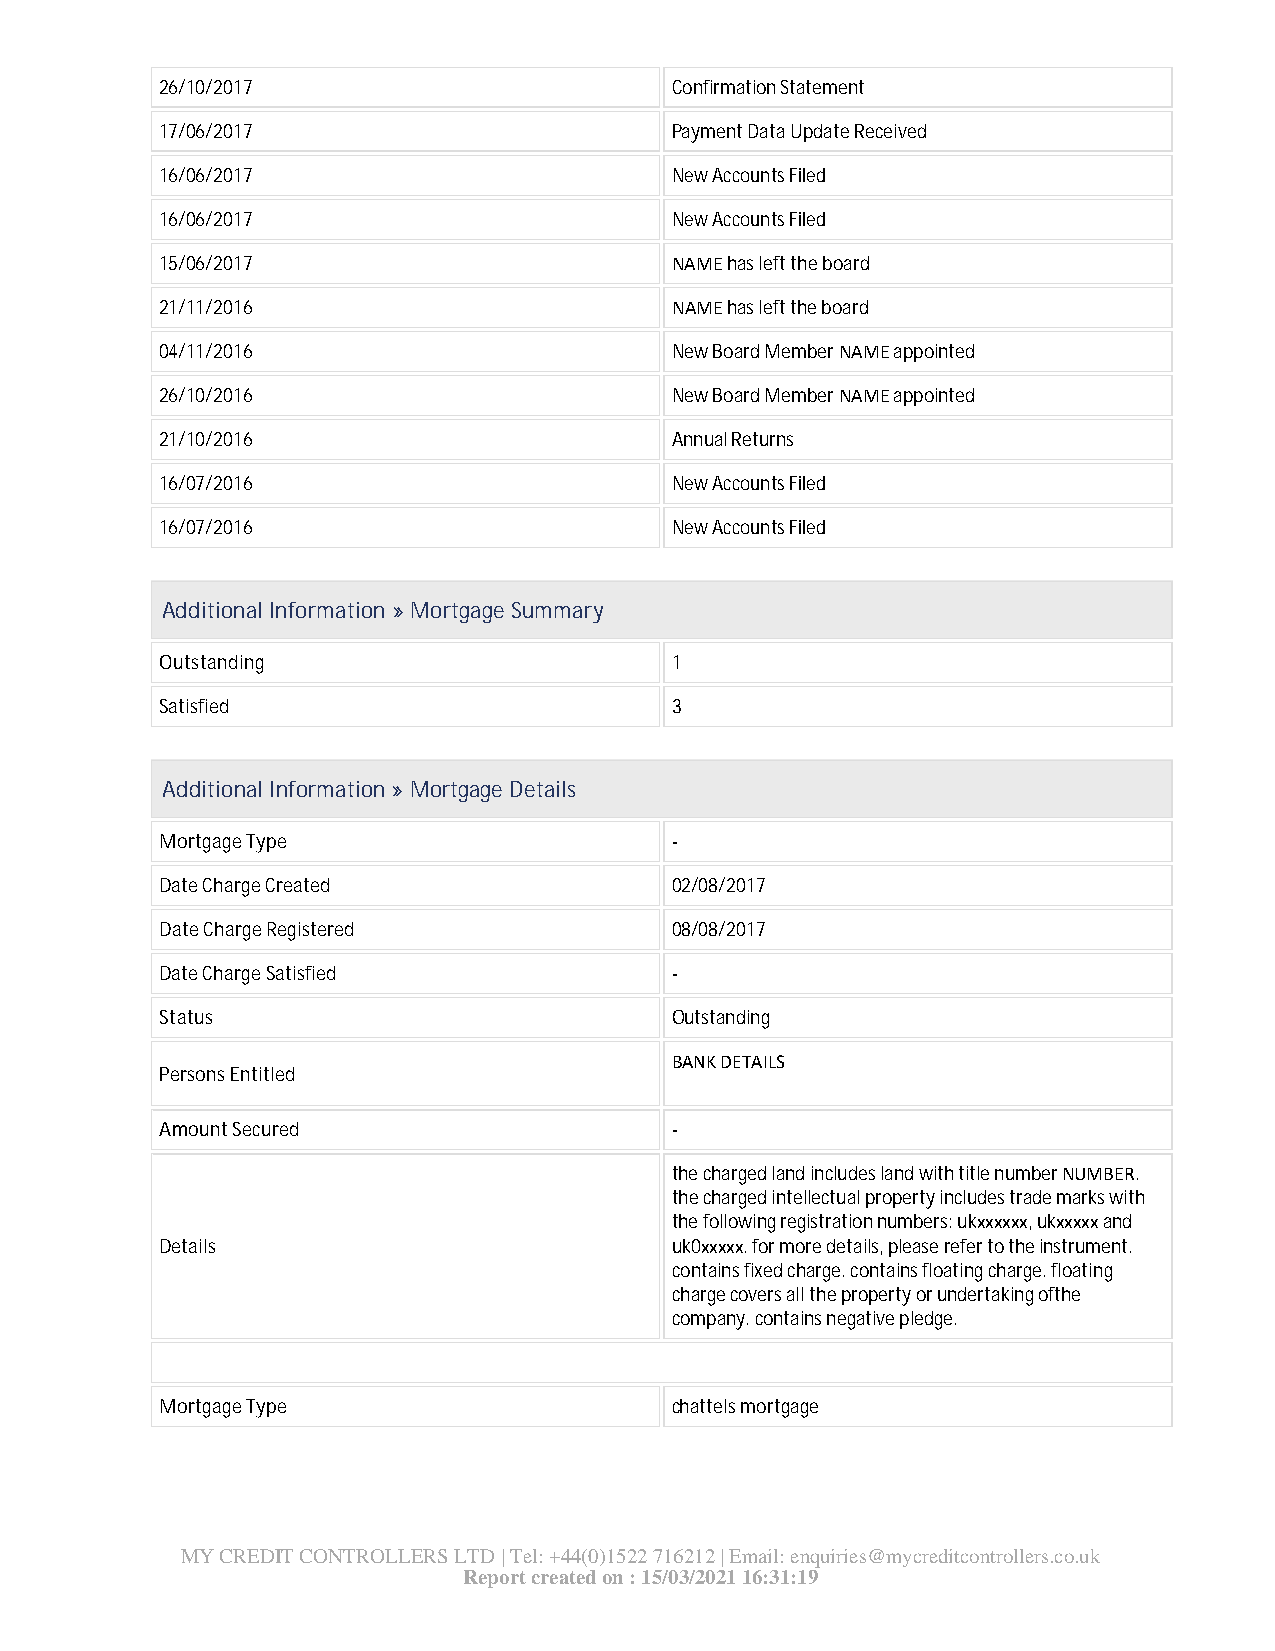
26/10/2017                       Confirmation Statement
 17/06/2017                       Payment Data Update Received
 16/06/2017                       New Accounts Filed
 16/06/2017                       New Accounts Filed
 15/06/2017                       NAME has left the board
 21/11/2016                       NAME has left the board
 04/11/2016                       New Board Member NAME appointed
 26/10/2016                       New Board Member NAME appointed
 21/10/2016                       Annual Returns
 16/07/2016                       New Accounts Filed
 16/07/2016                       New Accounts Filed
 Additional Information » Mortgage Summary
 Outstanding                      1
 Satisfied                        3
 Additional Information » Mortgage Details
 Mortgage Type                    -
 Date Charge Created              02/08/2017
 Date Charge Registered           08/08/2017
 Date Charge Satisfied            -
 Status                           Outstanding
 BANK DETAILS
 Persons Entitled
 Amount Secured                   -
 the charged land includes land with title number NUMBER.
 the charged intellectual property includes trade marks with
 the following registration numbers: ukxxxxxx, ukxxxxx and
 Details                          uk0xxxxx. for more details, please refer to the instrument.
 contains fixed charge. contains floating charge. floating
 charge covers all the property or undertaking ofthe
 company. contains negative pledge.
 Mortgage Type                    chattels mortgage
 MY CREDIT CONTROLLERS LTD | Tel: +44(0)1522 716212 | Email: enquiries@mycreditcontrollers.co.uk
 Report created on : 15/03/2021 16:31:19